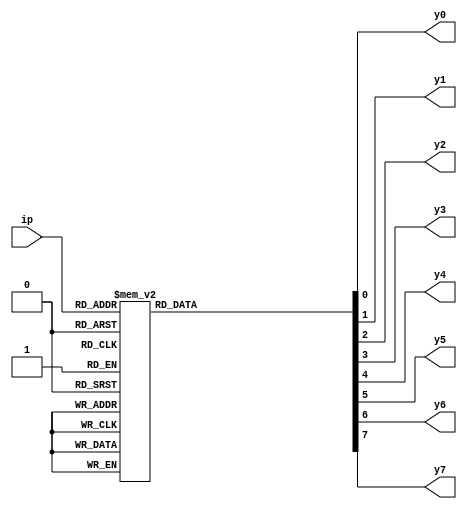
module  three_bit_decoder(
    input [2:0]ip,                           //ip lines
    output reg y0,y1,y2,y3,y4,y5,y6,y7     //p/p lines 
);

always @(*)
begin
    case (ip)
        3'd0:{y7,y6,y5,y4,y3,y2,y1,y0}=8'b00000001;
        3'd1:{y7,y6,y5,y4,y3,y2,y1,y0}=8'b00000010;
        3'd2:{y7,y6,y5,y4,y3,y2,y1,y0}=8'b00000100; 
        3'd3:{y7,y6,y5,y4,y3,y2,y1,y0}=8'b00001000;
        3'd4:{y7,y6,y5,y4,y3,y2,y1,y0}=8'b00010000;
        3'd5:{y7,y6,y5,y4,y3,y2,y1,y0}=8'b00100000; 
        3'd6:{y7,y6,y5,y4,y3,y2,y1,y0}=8'b01000000;
        3'd7:{y7,y6,y5,y4,y3,y2,y1,y0}=8'b10000000; 
        default: {y7,y6,y5,y4,y3,y2,y1,y0}=8'bz;
    endcase
end
endmodule

module three_8_decoder_tb;
wire Y0,Y1,Y2,Y3,Y4,Y5,Y6,Y7;
reg [2:0]IP;
integer i;

three_bit_decoder dut(
    .ip(IP),
    .y0(Y0), .y1(Y1), .y2(Y2), .y3(Y3), .y4(Y4), .y5(Y5), .y6(Y6), .y7(Y7)
);

initial
begin
      $monitor("%t the input to decoder is %b and outpUTS y0=%b--y1=%b--y2=%b-- y3=%b-- y4=%b-- y5=%b-- y6=%b-- y7=%b-- ",$time,IP,Y0,Y1,Y2,Y3,Y4,Y5,Y6,Y7);
      for (i = 0;i<8 ;i=i+1 )
       begin
        #10 {IP}=i;
      end
end



endmodule